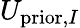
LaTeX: U_{\mathrm{prior},I}